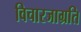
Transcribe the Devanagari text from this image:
विचारजाग्रति